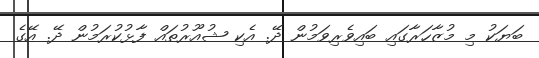
ބަޔަކު މި މުޒާހަރާގައި ބައިވެރިވަމުން ދޭ. އެކި ޝުއޫރުތައް ފާޅުކުރަމުން ދޭ. އޭގެ